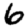
Digit: 6